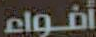
أفواء